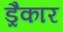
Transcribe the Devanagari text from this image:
ड्रैकार